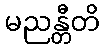
မညန္တီတိ